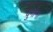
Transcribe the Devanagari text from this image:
दुर्गाना